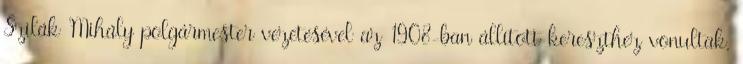
Szilák Mihály polgármester vezetésével az 1908-ban állított kereszthez vonultak,